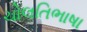
ચોલતિભાષા